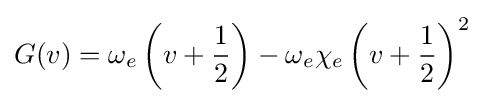
G(v)=\omega _{e}\left(v+{1 \over 2}\right)-\omega _{e}\chi _{e}\left(v+{1 \over 2}\right)^{2}